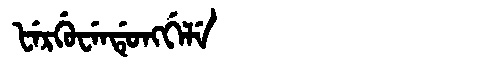
Manchu: ᡶᡝᡵᡤᡠᠸᡝᠨᡩᡠᠩᡤᡝᠯᡝ
Romanization: FERGUWENDUNGGELE